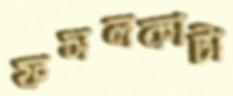
ফসলকাটা